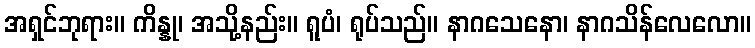
အရှင်ဘုရား။ ကိန္နု၊ အသို့နည်း။ ရူပံ၊ ရုပ်သည်။ နာဂသေနော၊ နာဂသိန်လေလော။